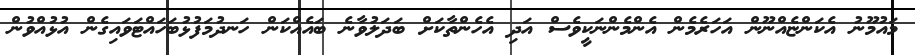
މައުމޫނު އެކަންޏެއްނޫން އަހަރެމެން އެންމެންނަކީވެސް އަދި އެހެންތާކަށް ބަދަލުވާނެ ބައެއްކަން ހަނދުމަފުޅުބަހައްޓަވައިގެން އުޅުއްވުން